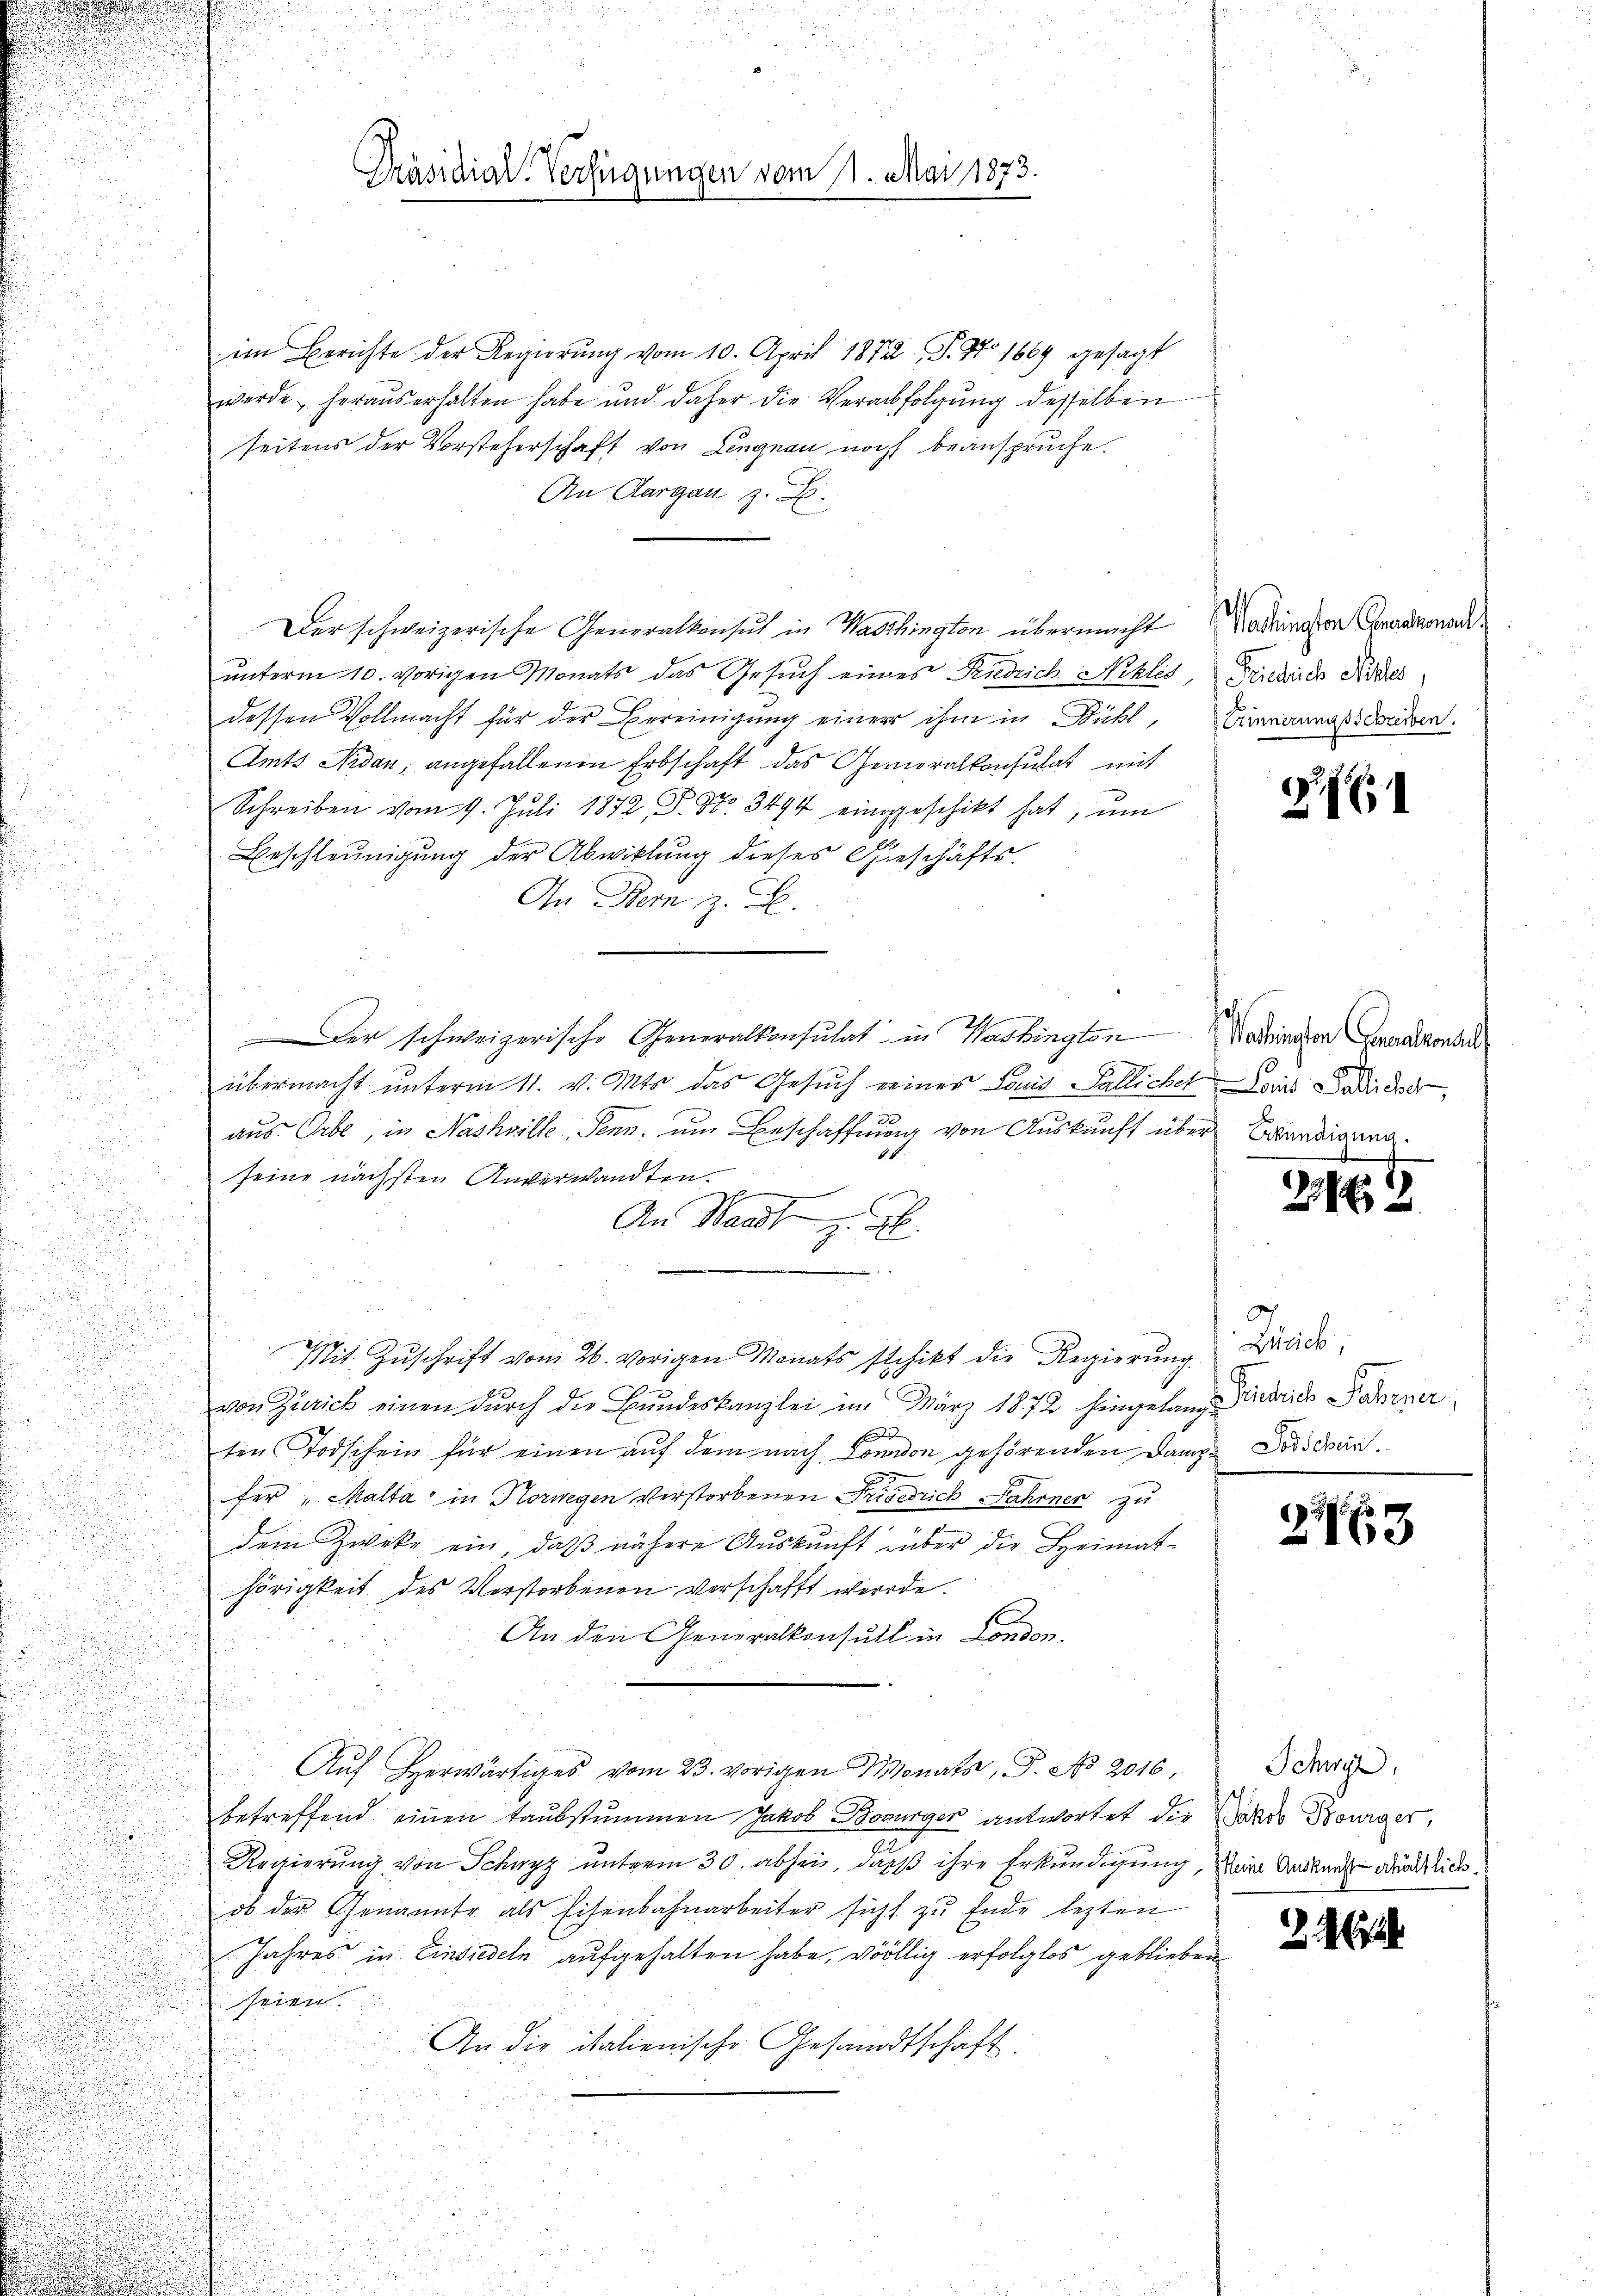
im Berichte der Regierung vom 10. April 1872, S. No 1669 gesagt
werde heraus erhalten habe und daher die Verabfolgŭng desselben
seitens der Vorsteherschaft von Lengnau noch beanspruche.
An Aargau z. B.
i
Der schweizerische Generalkonsul in Waschington übermacht
unterm 10. vorigen Monats das Gesuch eines Riedrich Nekles, Fricklich Nies
dessen Vollmacht für der Bereinigung einer ihm in Bühl,
Amts Ardan, angefallenen Erbschaft das Generalkonsulat mit
Schreiben vom 9. Juli 1872, P. Nr. 3494 einggeschikt hat, ŭm
.
Beschleunigung der Abwitlung dieses Geschäftse

An Bern z. B.

.
.

Der schweizerische Generalkonsulat in Washington Kodingen Geraderont

d
s
e
übermacht unterm 11. v. Mts. das Gesuch eines Louis Fallichet mit Ladidee,

u
aus Erbe, in Nashville, Senn, um Beschaffung von Auskunft über Abendigung
.
u
u
seine nächsten Anverwandten
An Waadt z. B.
u
d

Mit Zuschrift vom 26. vorigen Monats schikt die Regierung Dies
u
von Zürich einen durch die Bundeskanzlei im März 1872 hingelang des Fahrner

E
ten Todschein für einen auf dem nach London gehörenden Danze Dos den
fer "Malta in Horwegen Verstorbenen Friedrich Jahrnen zu
dem Zweke ein, daß nähere Auskunft über die Heimat-
hörigkeit des Verstorbenen verschafft werde.
An den Generalkonsul in London.
d
Aŭf herwärtiges vom 23. vorigen Monats J. No 2016 I der
betreffend einen Taubstummen Jakob Bourger antwortet die Jakob Bourger,
Regierung von Schwyz unterm 30. abhin, dass ihre Erkundigung, den Anden durchlich
ob der Genannte als Eisenbahnarbeiter sicht zu Ende lezten
Jahres in Einsiedeln aufgehalten habe, völlig erfolglos geblieben
eien.
An die italienische Gesandtschaft
d

e

Präsidial-Verfügungen vom 11. Mai 1873.

Washington Generalkonsul
Erinnerungsschreiben.

G.

226

p
163

2